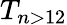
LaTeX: T_{n>12}